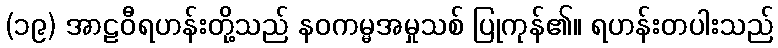
(၁၉) အာဠဝီရဟန်းတို့သည် နဝကမ္မအမှုသစ် ပြုကုန်၏။ ရဟန်းတပါးသည်